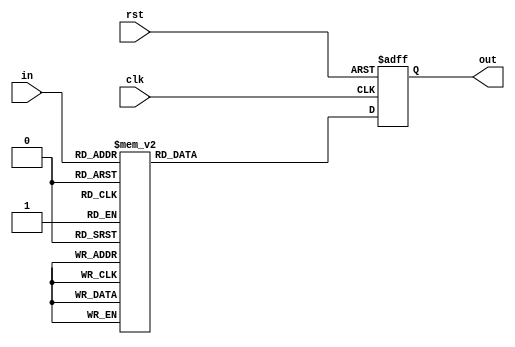
module seven_segment (
input clk,
input rst,
input [3:0]in,
output reg [6:0]out
);


// HEX out - rewire DE2
//  ---a---
// |       |
// f       b
// |       |
//  ---g---
// |       |
// e       c
// |       |
//  ---d---
	always @(posedge clk or posedge rst)
	begin
		if (rst == 1'b1)
			begin
				out = ~7'b1111110;
			end
		else
			begin
			case (in)	    // abcdefg
				4'h0: out = ~7'b1111110;
				4'h1: out = ~7'b0110000;
				4'h2: out = ~7'b1101101;
				4'h3: out = ~7'b1111001;
				4'h4: out = ~7'b0110011;
				4'h5: out = ~7'b1011011;
				4'h6: out = ~7'b1011111;
				4'h7: out = ~7'b1110000;
				4'h8: out = ~7'b1111111;
				4'h9: out = ~7'b1111011;
//				4'ha: out = 7'b1110111;
//				4'hb: out = 7'b0011111;
//				4'hc: out = 7'b1001110;
//				4'hd: out = 7'b0111101;
//				4'he: out = 7'b1001111;
//				4'hf: out = 7'b1000111;
			
				default: out = ~7'b1001111;
			
			endcase
			end
		end

endmodule